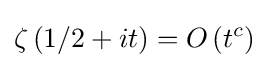
\zeta \left(1/2+it\right)=O\left(t^{c}\right)